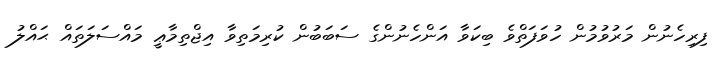
ފިރިހެނުން މަރުވުމުން ހުވަފަތްވެ ބިކަވާ އަންހެނުންގެ ސަބަބުން ކުރިމަތިވާ އިޖްތިމާޢީ މައްސަލަތައް ޙައްލު